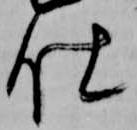
仕